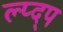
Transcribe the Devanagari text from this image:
ल्प्द्प